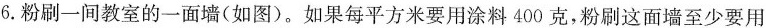
6.粉刷一间教室的一面墙(如图)。如果每平方米要用涂料400克，粉刷这面墙至少要用